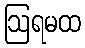
ဩရမထ